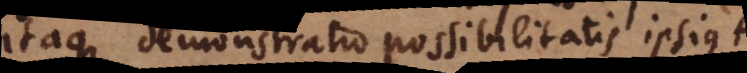
Itaque demonstratio possibilitatis ipsius A